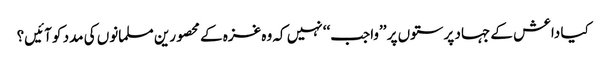
کیا داعش کے جہاد پرستوں پر ’’واجب‘‘ نہیں کہ وہ غزہ کے محصورین مسلمانوں کی مدد کو آئیں؟